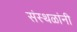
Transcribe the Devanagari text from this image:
संस्थळांनी